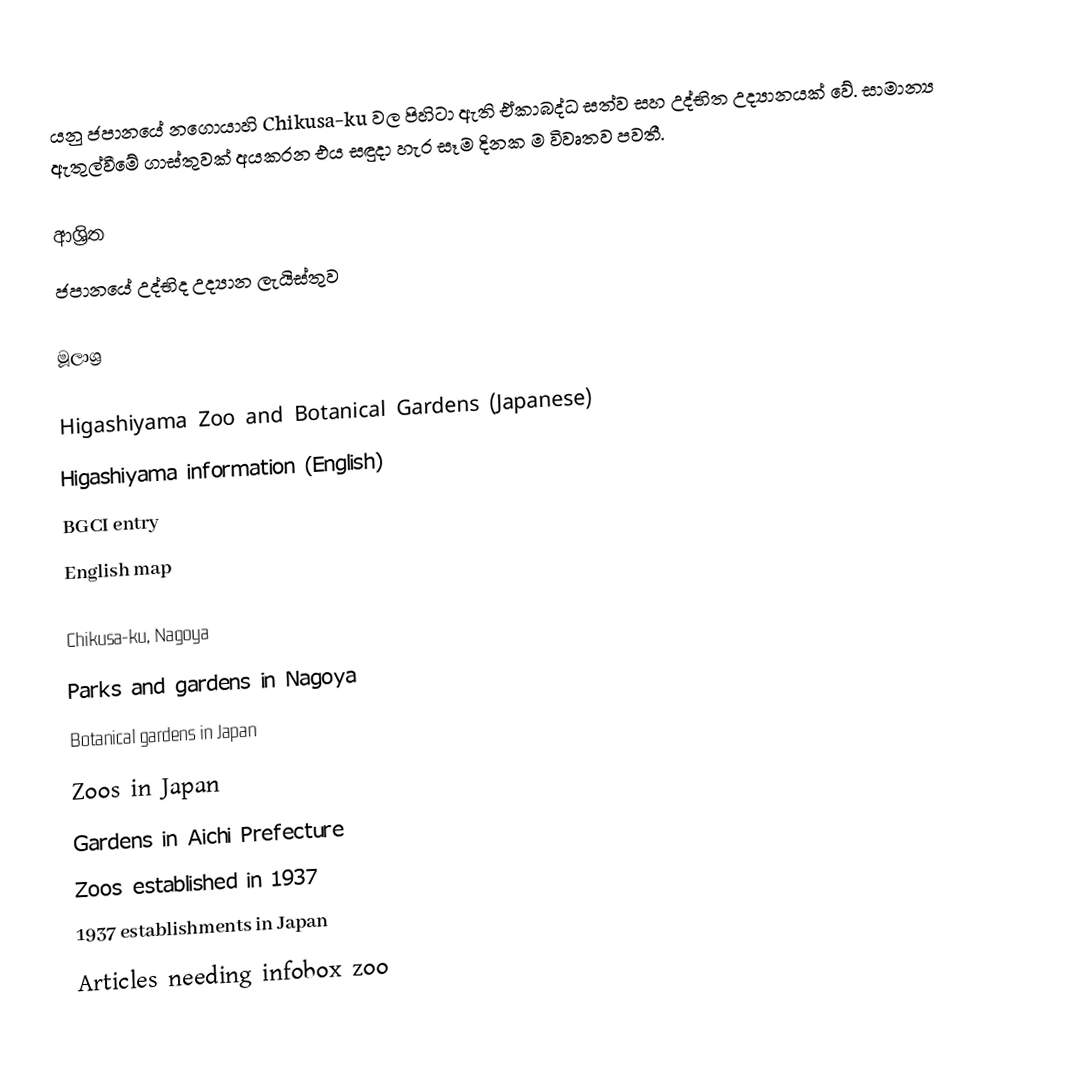
යනු ජපානයේ නගොයාහි Chikusa-ku වල පිහිටා ඇති ඒකාබද්ධ සත්ව සහ උද්භිත උද්‍යානයක් වේ. සාමාන්‍ය ඇතුල්වීමේ ගාස්තුවක් අයකරන එය සඳුදා හැර සෑම දිනක ම විවෘතව පවතී.

ආශ්‍රිත
 ජපානයේ උද්භිද උද්‍යාන ලැයිස්තුව

මූලාශ්‍ර

 Higashiyama Zoo and Botanical Gardens (Japanese)
 Higashiyama information (English)
 BGCI entry
 English map

Chikusa-ku, Nagoya
Parks and gardens in Nagoya
Botanical gardens in Japan
Zoos in Japan
Gardens in Aichi Prefecture
Zoos established in 1937
1937 establishments in Japan
Articles needing infobox zoo